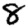
Digit: 8